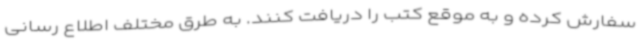
سفارش کرده و به موقع کتب را دریافت کنند. به طرق مختلف اطلاع رسانی